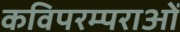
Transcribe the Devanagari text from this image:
कविपरम्पराओं